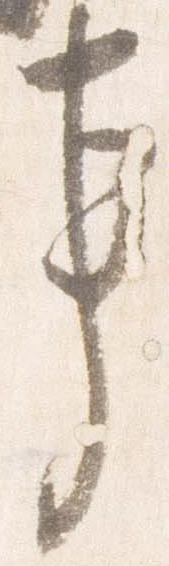
事